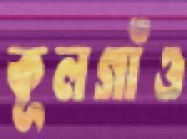
কূলগাঁও